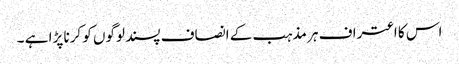
اس کا اعتراف ہر مذہب کے انصاف پسند لوگوں کو کرنا پڑا ہے ۔